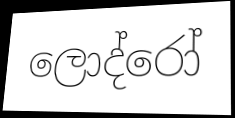
ලොද්රෝ